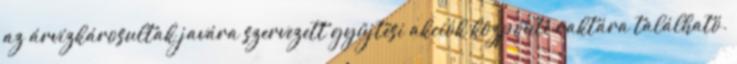
az árvízkárosultak javára szervezett gyűjtési akciók központi raktára található.